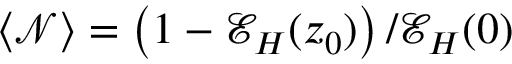
\langle \mathcal { N } \rangle = \left( 1 - \mathcal { E } _ { H } ( z _ { 0 } ) \right) / \mathcal { E } _ { H } ( 0 )